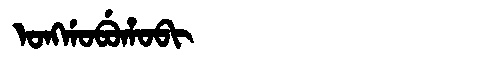
Manchu: ᠣᠩᡤᠣᠪᡠᡥᠣᠪᡳ
Romanization: ONGGOBUHOBI